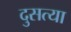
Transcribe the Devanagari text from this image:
दुसत्‍या